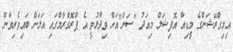
އިމިގްރޭޝަންގެ މީޑިއާ އޮފިޝަލް މިއަދު "ސަން"އަށް ވިދާޅުވީ އެ ޕްރޮގްރާމްގައި އަލަށް ބައިވެރިވާން